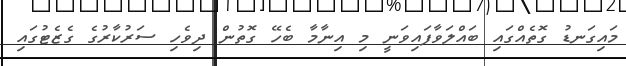
މައިގަނޑު ގޮތެއްގައި ބައްލަވާފައިވަނީ މި އިނާމާ ބެހޭ ގޮތުން ދިވެހި ސަރުކާރުގެ ގެޒެޓުގައި